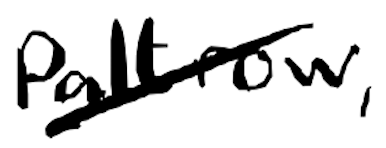
Text: Paltrow,
Cross-out: diagonal
Writing tool: digital_black